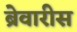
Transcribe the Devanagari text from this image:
ब्रेवारीस